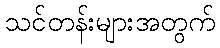
သင်တန်းများအတွက်